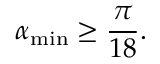
\alpha _ { \mathrm { m i n } } \geq \frac { \pi } { 1 8 } .